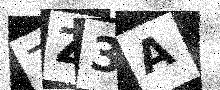
Text: ZZ3A